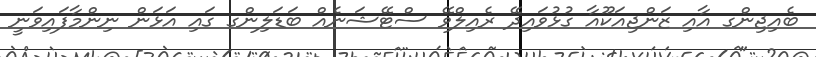
ބެއިޖިންގ އާއި ޒަންޖިއަކޫއާ ގުޅުވައިދޭ ރެއިލްވޭ ސްޓޭޝަނެއް ބަޑަލިންގ ގައި އަޅަން ނިންމާފައިވަނީ